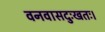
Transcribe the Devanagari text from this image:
वनवासदुःखतः।